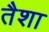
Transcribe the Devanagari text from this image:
तैशा